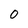
Character: 0